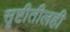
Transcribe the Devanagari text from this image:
सृष्टीतीलही